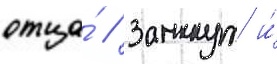
отца́ // Замкнут и́